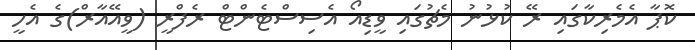
ކޮޕާ އެމެރިކާގައި ރޭ ކުޅުނު މެޗުގައި ވީޑިއޯ އެސިސްޓެންޓް ރެފްރީ (ވީއޭއާރް)ގެ އެހީ